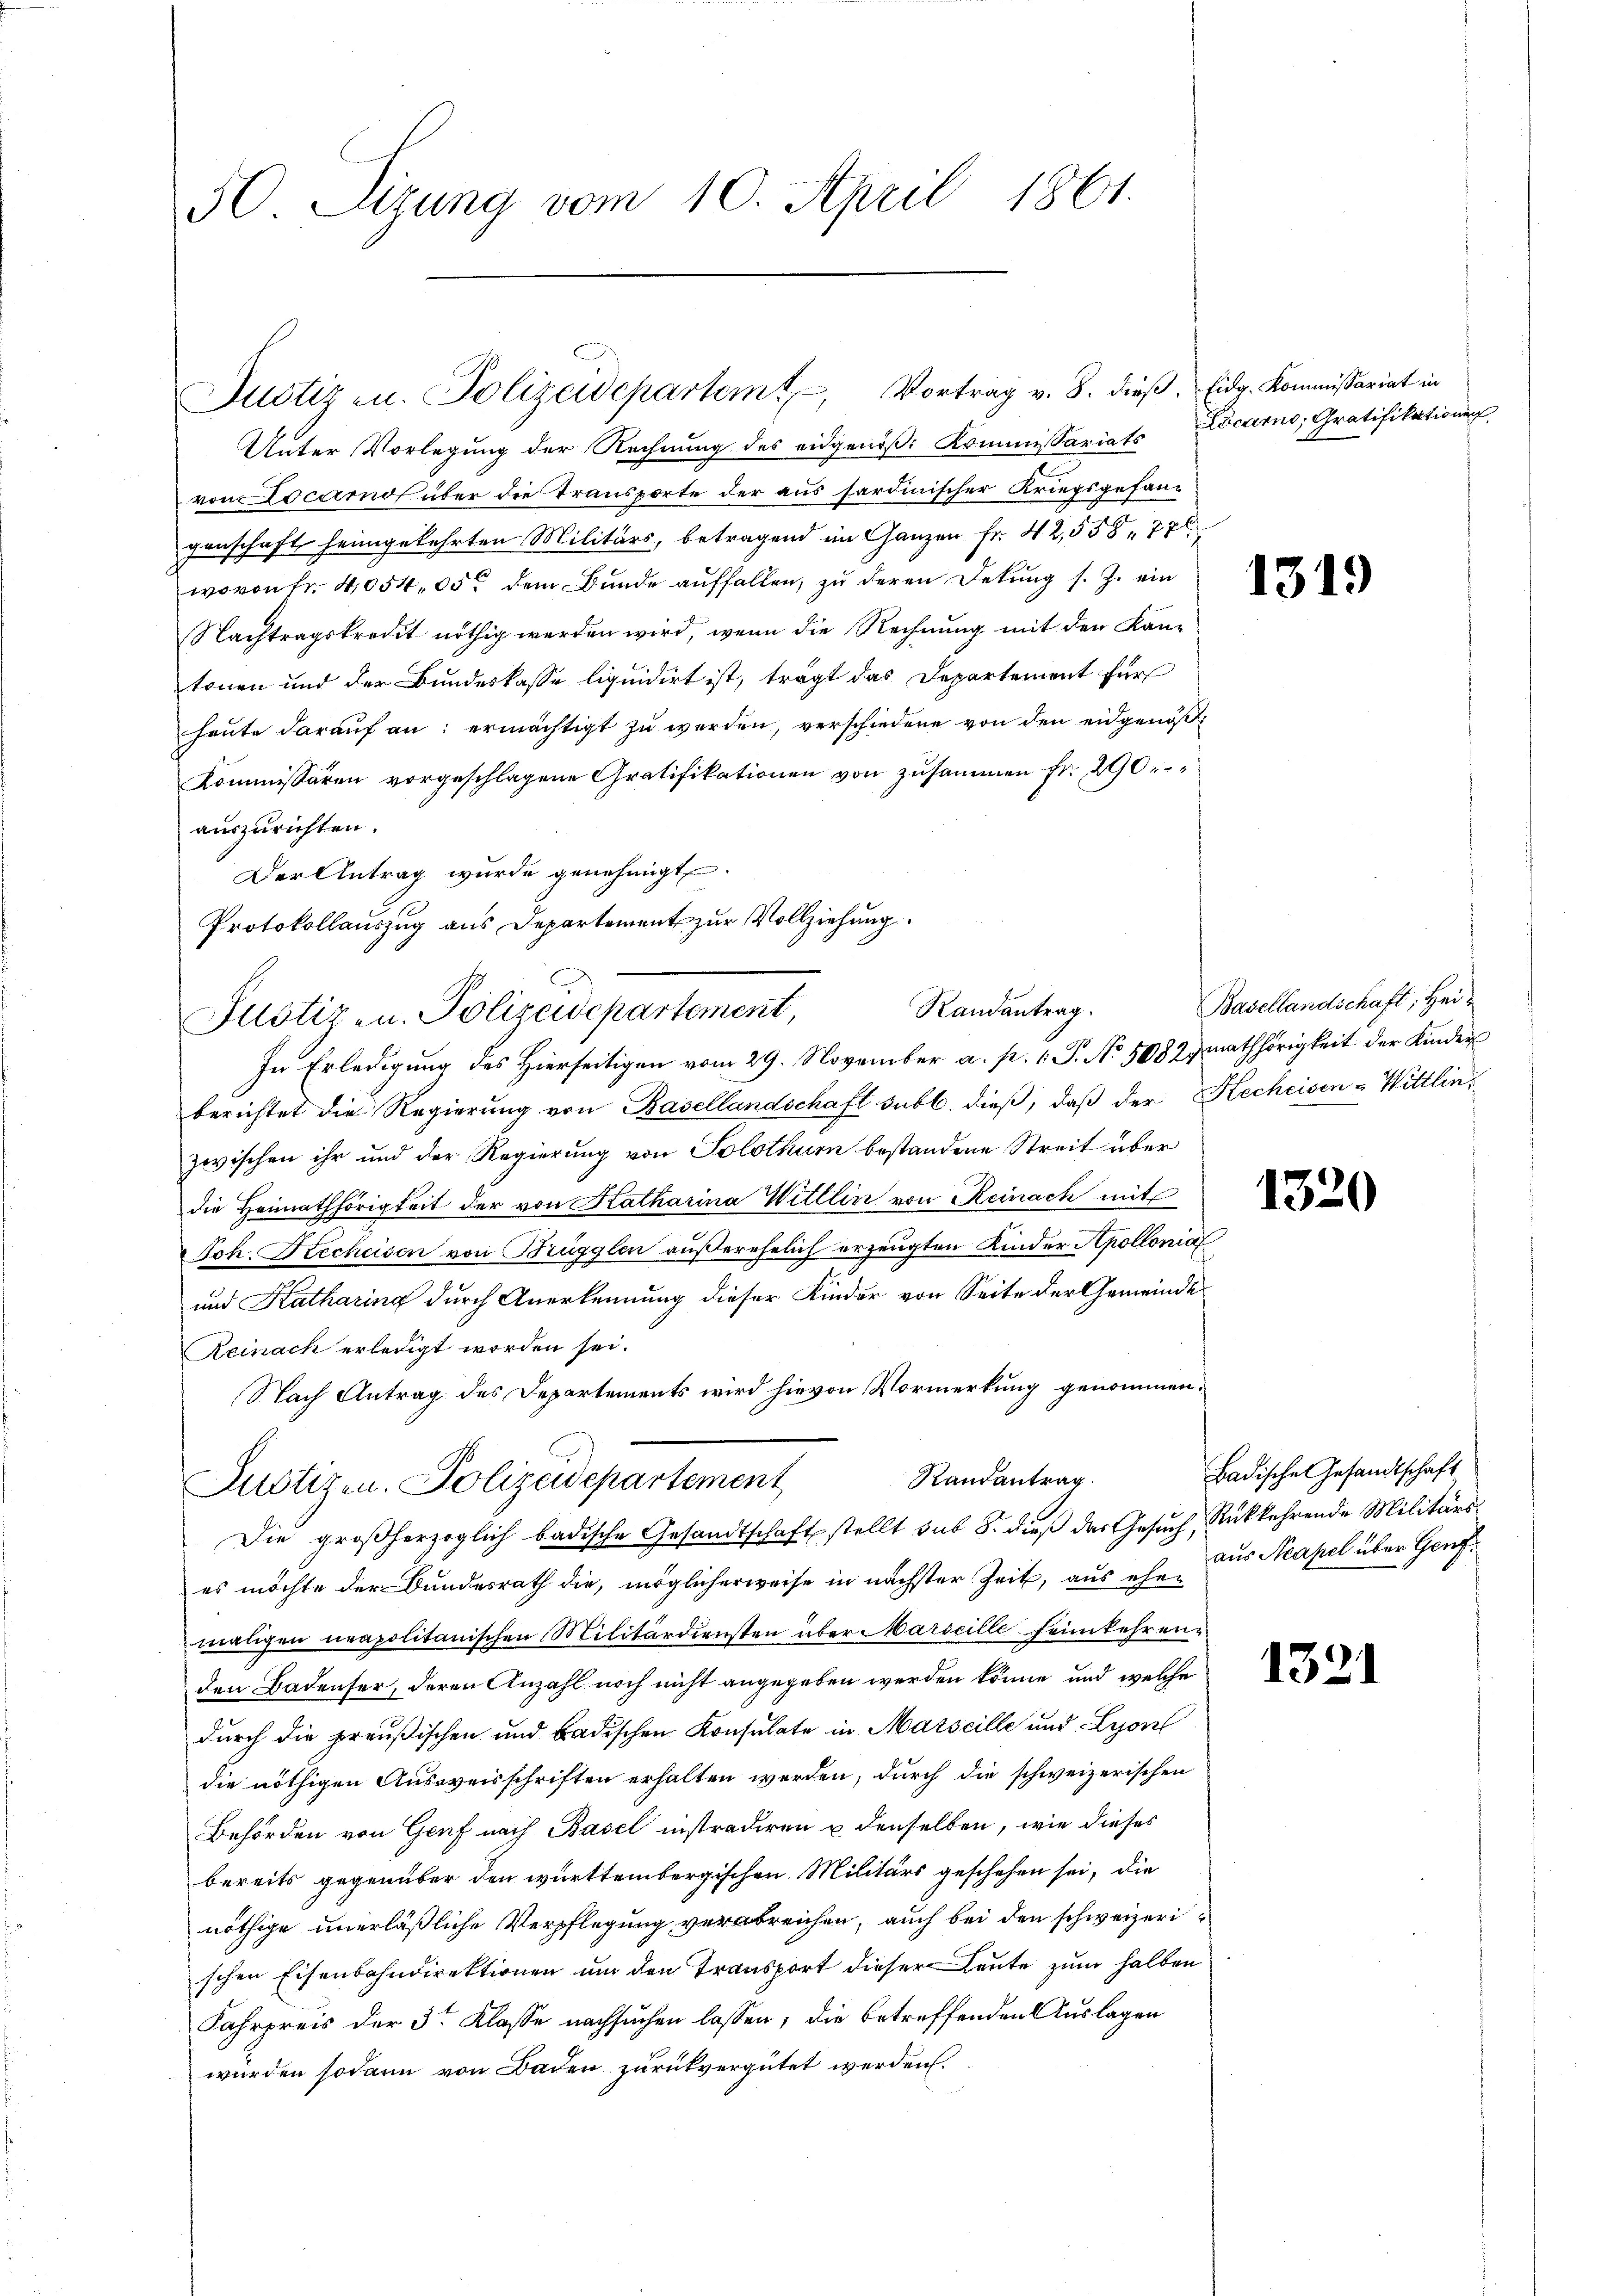
50 Sizung vom 10. April 1861.

Justiz u. Polizeidepartem Vortrag v. 8. dieβ, Eidg. Kommissariat in

Unter Vorlegung der Rechnung des eidgenöß: Kommissariats Locarno, Gratifikation
von Locamo über die Transporte der aus hardinischer Kriegsgefangenschaft heimgekehrten Militärs, betragend im Ganzen fr. 42,558, 776
wovon Fr. 4054,05t dem Bunde auffallen, zu deren Dekung s. Z. ein
Nachtragskredit nöthig werden wird, wenn die Rechnung mit den Kan-
tonen und der Bundeskasse liquidirt ist, trägt das Departement für
haŭte daraŭf an: ermächtigt zŭ werden, verschiedene von den eidgenöß¬
Kommissären vorgeschlagene Gratifikationen von zusammen fr. 290
auszurichten.
Der Antrag wurde genehmigt.
In Erledigung des Hierseitigen vom 29. November a. p. 1. P. No 50827 mathörigkeit der Kinder
berichtet die Regierung von Basellandschaft subt. dieß, daß der Kechcisen-Wittlinzwischen ihr und der Regierung von Solothurn bestandene Streit über
die Heimathörigkeit der von Katharina Wittlin von Reinach mit
Joh. Recheisen von Brügglen außerehelich erzeugten Kinder Apollonial
und Katharina durch Anerkennung dieser Kinder von Seite der Gemeinde
Reinach erledigt worden sei.
Nach Antrag des Departements wird hievon Vormerkung genommen.
Randantrag.
Justizen. Polizeidepartement
Die großherzoglich badische Gesandtschaft stellt sub 8. dieß der Gesuch, Rückkehrende Militärs
es möchte der Bundesrath die, möglicherweise in nächster Zeit, aus ehemaligen neapolitanischen Militärdiensten über Marseille heimkehrenden Badenser, deren Anzahl noch nicht angegeben werden könne, und welche
durch die preußischen und Badischen Konsulate in Marseille und Lyon
die nöthigen Ausweisschriften erhalten werden, durch die schweizerischen
Behörden von Genf nach Basel instradiren u denselben, wie dieses
bereits gegenüber den württembergischen Militärs geschehen sei, die
nöthige unerläßliche Verpflegung verabreichen, auch bei den schweizerischen Eisenbahndirektionen um den Transport dieser Leute zum halben
Fahrpreis der 3te Klasse nachsuchen lassen; die betreffenden Auslagen
würden sodann von Baden zurückvergütet werden.

Protokollauszug aus Departement zur Vollziehung
Randantrag.
Justiz- u. Polizeidepartement,

1319

Basellandschaft, Hei¬

1320

Badische Gesandtschaft
aus Neapel über Genf¬

1321